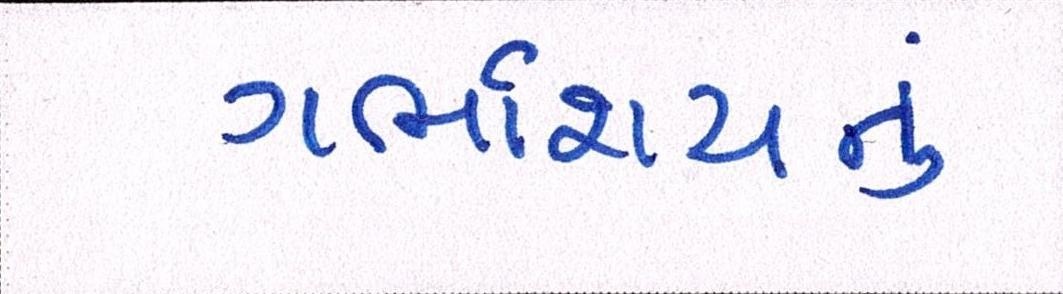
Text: ગર્ભાશયનું